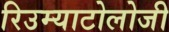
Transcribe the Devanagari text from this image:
रिउम्याटोलोजी